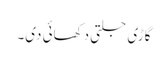
گاڑی جلتی دکھائی دی۔